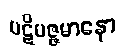
ပဋိပဇ္ဇမာနော